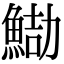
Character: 𩷻